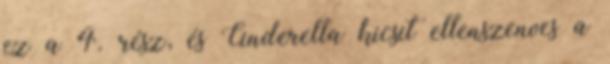
ez a 4. rész, és Cinderella kicsit ellenszenves a